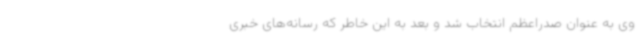
وی به عنوان صدراعظم انتخاب شد و بعد به این خاطر که رسانه‌های خبری